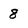
Character: 8